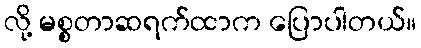
လို့ မစ္စတာဆရက်ထာက ပြောပါတယ်။